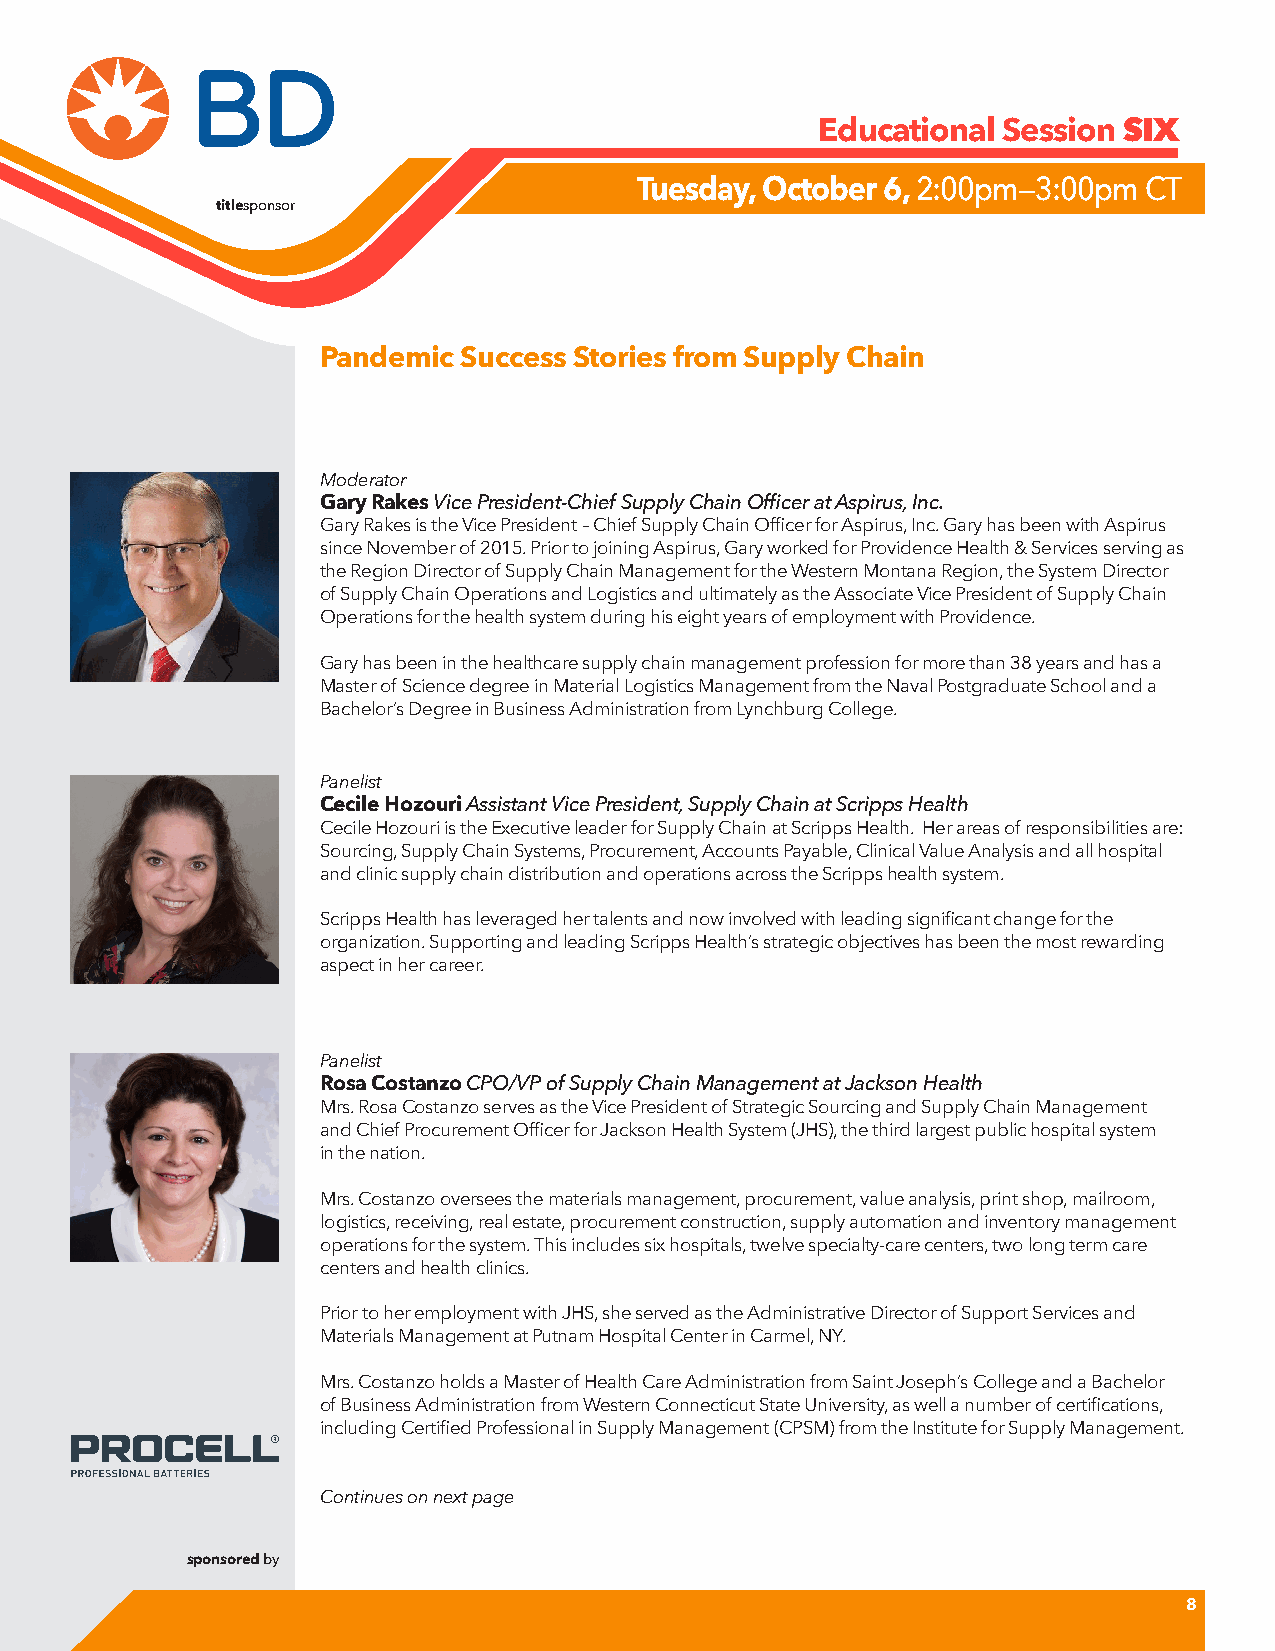
Educational Session
 SIX
 Tuesday, October 6, 2:00pm—3:00pm CT
 titlesponsor
 Pandemic  Success Stories from Supply Chain
 Moderator
 Gary Rakes Vice President-Chief Supply Chain Officer at Aspirus, Inc.
 Gary Rakes is the Vice President – Chief Supply Chain Officer for Aspirus, Inc. Gary has been with Aspirus
 since November of 2015. Prior to joining Aspirus, Gary worked for Providence Health & Services serving as
 the Region Director of Supply Chain Management for the Western Montana Region, the System Director
 of Supply Chain Operations and Logistics and ultimately as the Associate Vice President of Supply Chain
 Operations for the health system during his eight years of employment with Providence.
 Gary has been in the healthcare supply chain management profession for more than 38 years and has a
 Master of Science degree in Material Logistics Management from the Naval Postgraduate School and a
 Bachelor’s Degree in Business Administration from Lynchburg College.
 Panelist
 Cecile Hozouri Assistant Vice President, Supply Chain at Scripps Health
 Cecile Hozouri is the Executive leader for Supply Chain at Scripps Health. Her areas of responsibilities are:
 Sourcing, Supply Chain Systems, Procurement, Accounts Payable, Clinical Value Analysis and all hospital
 and clinic supply chain distribution and operations across the Scripps health system.
 Scripps Health has leveraged her talents and now involved with leading significant change for the
 organization. Supporting and leading Scripps Health’s strategic objectives has been the most rewarding
 aspect in her career.
 Panelist
 Rosa Costanzo CPO/VP of Supply Chain Management at Jackson Health
 Mrs. Rosa Costanzo serves as the Vice President of Strategic Sourcing and Supply Chain Management
 and Chief Procurement Officer for Jackson Health System (JHS), the third largest public hospital system
 in the nation.
 Mrs. Costanzo oversees the materials management, procurement, value analysis, print shop, mailroom,
 logistics, receiving, real estate, procurement construction, supply automation and inventory management
 operations for the system. This includes six hospitals, twelve specialty-care centers, two long term care
 centers and health clinics.
 Prior to her employment with JHS, she served as the Administrative Director of Support Services and
 Materials Management at Putnam Hospital Center in Carmel, NY.
 Mrs. Costanzo holds a Master of Health Care Administration from Saint Joseph’s College and a Bachelor
 of Business Administration from Western Connecticut State University, as well a number of certifications,
 including Certified Professional in Supply Management (CPSM) from the Institute for Supply Management.
 Continues on next page
 sponsored by
 8